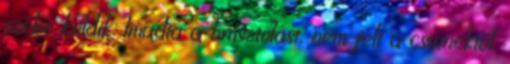
szélre küldik. Imádta a brusztolást, nem félt a csinnektől.